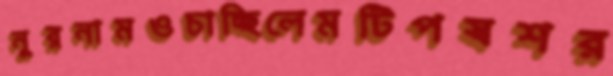
নুরনামওচাচ্ছিলেমটিপস্বশর